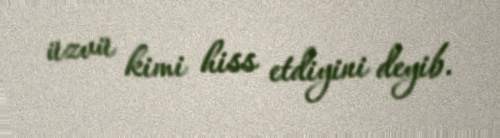
üzvü kimi hiss etdiyini deyib.